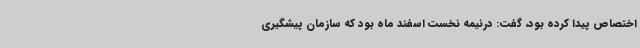
اختصاص پیدا کرده بود، گفت: درنیمه نخست اسفند ماه بود که سازمان پیشگیری